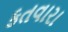
કતવારા